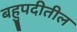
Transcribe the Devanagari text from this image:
बहुपदीतील